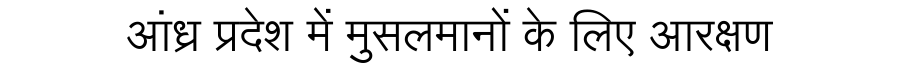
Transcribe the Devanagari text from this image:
आंध्र प्रदेश में मुसलमानों के लिए आरक्षण